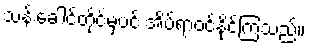
သန်းခေါင်တိုင်မှပင် အိပ်ရာဝင်နိုင်ကြသည်။